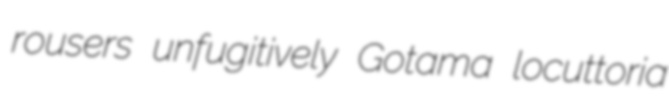
rousers unfugitively Gotama locuttoria